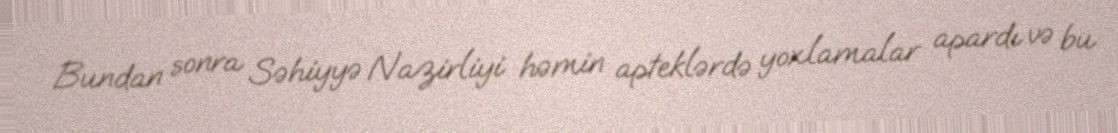
Bundan sonra Səhiyyə Nazirliyi həmin apteklərdə yoxlamalar apardı və bu